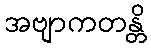
အဗျာကတန္တိ